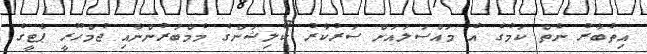
އިތުބާރު ނެތް ކަމުގެ އެ މައްސަލައަށް ސަރުކާރު ކޯލިޝަންގެ މެމްބަރުންނާއި ޖުމްހޫރީ ޕާޓީގެ